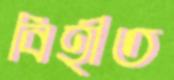
বিহীত